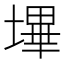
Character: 𭏬